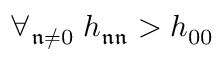
\forall _ { \mathfrak { n } \ne 0 } \; h _ { \mathfrak { n } \mathfrak { n } } > h _ { 0 0 }